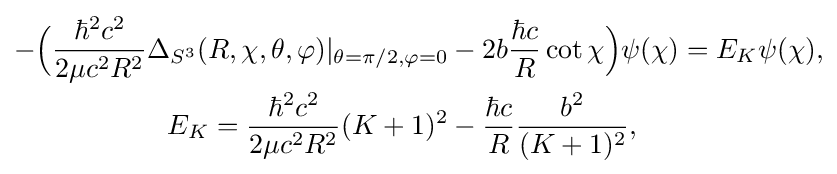
{\begin{aligned}-{\Big (}{\frac {\hbar ^{2}c^{2}}{2\mu c^{2}R^{2}}}\Delta _{S^{3}}(R,\chi ,\theta ,\varphi )|_{\theta =\pi /2,\varphi =0}&-2b{\frac {\hbar c}{R}}\cot \chi {\Big )}\psi (\chi )=E_{K}\psi (\chi ),\\E_{K}={\frac {\hbar ^{2}c^{2}}{2\mu c^{2}R^{2}}}(K+1)^{2}&-{\frac {\hbar c}{R}}{\frac {b^{2}}{(K+1)^{2}}},\end{aligned}}